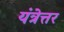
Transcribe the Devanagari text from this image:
यंत्रेत्तर